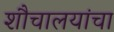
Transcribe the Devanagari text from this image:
शौचालयांचा